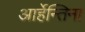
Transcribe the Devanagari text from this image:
आर्हेन्तिना